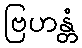
ဗြဟန္တံ